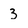
Character: 3